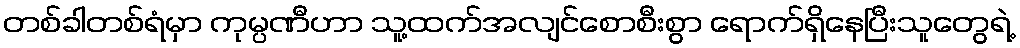
တစ်ခါတစ်ရံမှာ ကုမ္ပဏီဟာ သူ့ထက်အလျင်စောစီးစွာ ရောက်ရှိနေပြီးသူတွေရဲ့